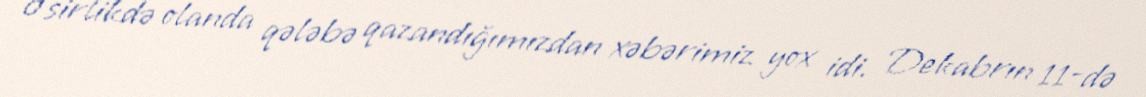
Əsirlikdə olanda qələbə qazandığımızdan xəbərimiz yox idi. Dekabrın 11-də